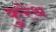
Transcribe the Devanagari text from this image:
कुरेथ